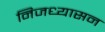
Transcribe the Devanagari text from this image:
निजध्यासन